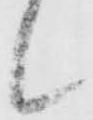
候